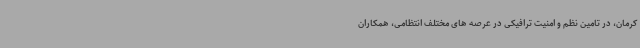
کرمان، در تامین نظم و امنیت ترافیکی در عرصه های مختلف انتظامی، همکاران